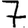
Digit: 7